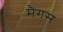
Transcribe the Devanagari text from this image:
मैगस